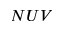
N U V